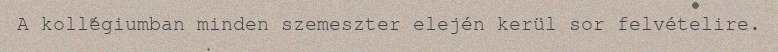
A kollégiumban minden szemeszter elején kerül sor felvételire.